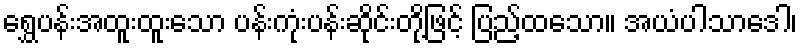
ရွှေပန်းအထူးထူးသော ပန်းကုံးပန်းဆိုင်းတို့ဖြင့် ပြည့်ထသော။ အယံပါသာဒေါ၊